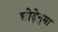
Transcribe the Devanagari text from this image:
घोड़ेनुमा